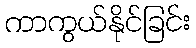
ကာကွယ်နိုင်ခြင်း